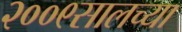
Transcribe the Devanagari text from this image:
२००९सालच्या